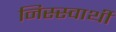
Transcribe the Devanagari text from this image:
निस्स्वार्थी